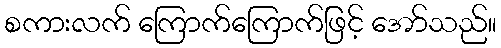
စကားလက် ကြောက်ကြောက်ဖြင့် အော်သည်။